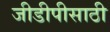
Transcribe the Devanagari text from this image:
जीडीपीसाठी